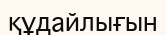
құдайлығын